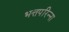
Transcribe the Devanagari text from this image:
भत्तपरिन्ना